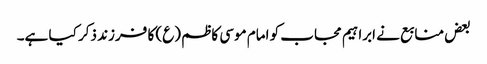
بعض منابع نے ابراہیم مجاب کو امام موسی کاظم (ع) کا فرزند ذکر کیا ہے۔